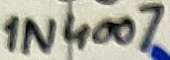
Text: 1N4007